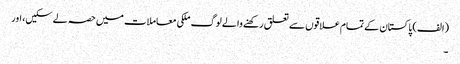
(الف) پاکستان کے تمام علاقوں سے تعلق رکھنے والے لوگ ملکی معاملات میں حصہ لے سکیں، اور
۔